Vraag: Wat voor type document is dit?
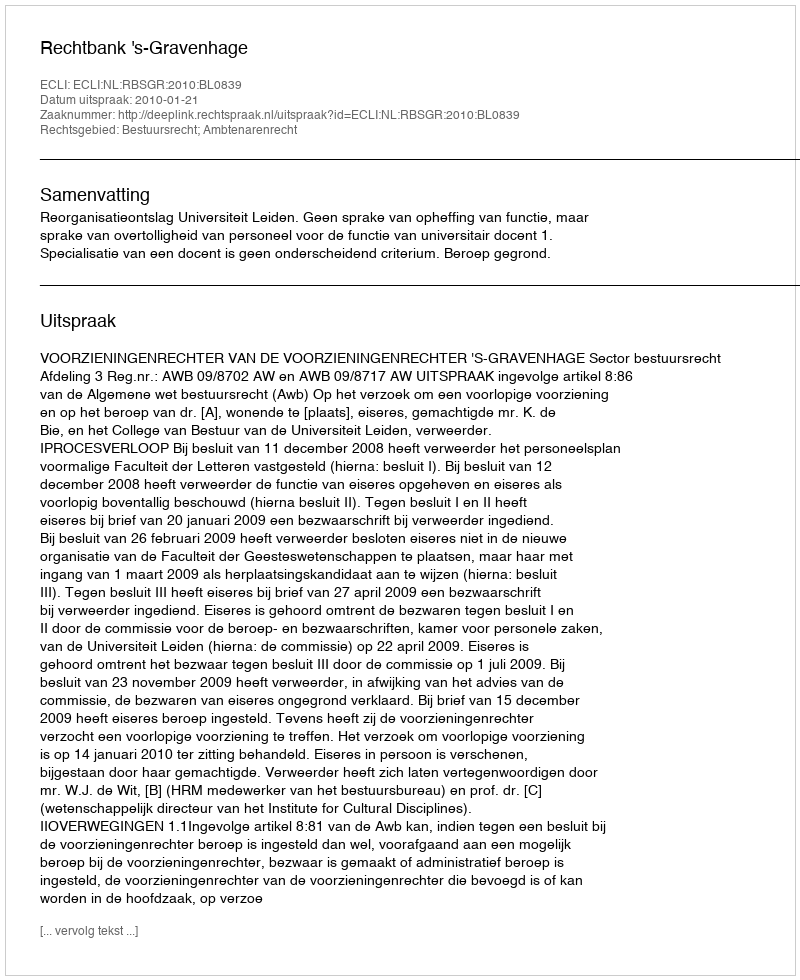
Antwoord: Uitspraak